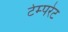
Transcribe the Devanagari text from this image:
टेम्‍परेट